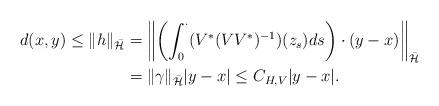
LaTeX: \begin{align*}d(x,y)\leq\|h\|_{\bar{\mathcal{H}}}&=\left\|\left(\int_{0}^{\cdot}(V^*(VV^*)^{-1})(z_{s})ds\right)\cdot(y-x)\right\|_{\bar{\mathcal{H}}}\\&=\|\gamma\|_{\bar{\mathcal{H}}}|y-x|\leq C_{H,V}|y-x|.\end{align*}